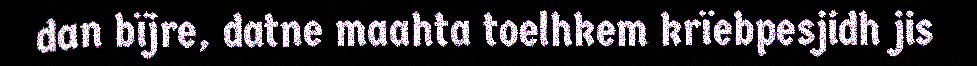
dan bïjre, datne maahta toelhkem krïebpesjidh jis